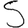
Digit: 5